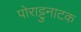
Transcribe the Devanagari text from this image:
पोराट्टुनाटक